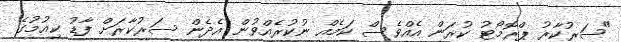
"ސަރުކާރު ޕްރޮމޯޓު ކުރަން އެއްވެސް ކަމެއް ނުކުރެއްވުން އެދެން ސަރުކާރަށް ފާޑު ކިއުމުގެ